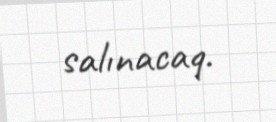
salınacaq.